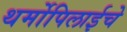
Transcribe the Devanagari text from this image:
थर्मोपिलाईचे